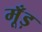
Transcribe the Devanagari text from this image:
मूँड़